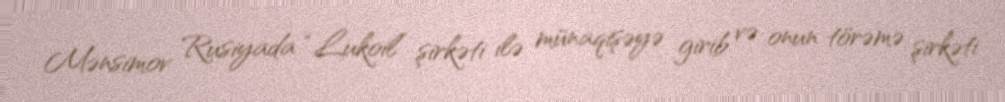
Mənsimov Rusiyada “Lukoil” şirkəti ilə münaqişəyə girib və onun törəmə şirkəti